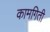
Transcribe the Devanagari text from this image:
कामगिती